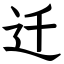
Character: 迁